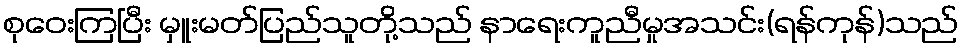
စုဝေးကြပြီး မှူးမတ်ပြည်သူတို့သည် နာရေးကူညီမှုအသင်း(ရန်ကုန်)သည်